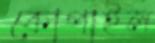
কোপাইল